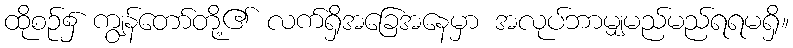
ထိုစဉ်၌ ကျွန်တော်တို့၏ လက်ရှိအခြေအနေမှာ အလုပ်ဘာမျှမည်မည်ရရမရှိ။